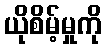
ယိုစိမ့်မှုကို